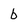
Character: b